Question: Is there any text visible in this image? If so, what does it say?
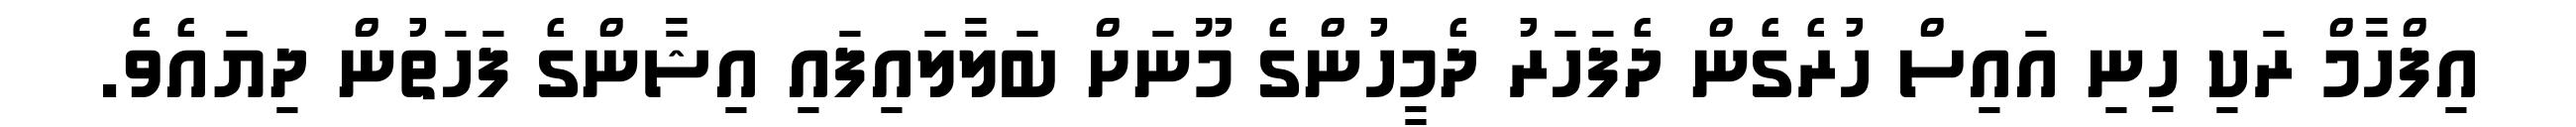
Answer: އިފްހާމް ރަކި ހިނި އައިސް ހުރެގެން ދެފަހަރު ދެމީހުންގެ މޫނަށް ބަލާލައިފައި އިޝާންގެ ފަހަތުން ދިޔައެވެ.